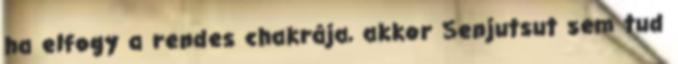
ha elfogy a rendes chakrája, akkor Senjutsut sem tud